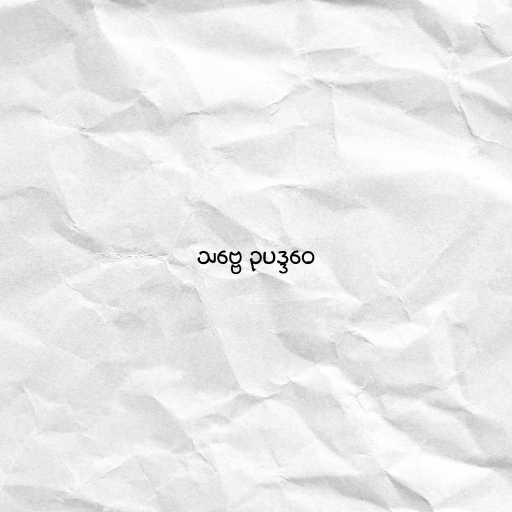
သဗ္ဗေ ဥပဒ္ဒဝေ